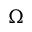
\Omega